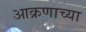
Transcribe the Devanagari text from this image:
आक्रणाच्या